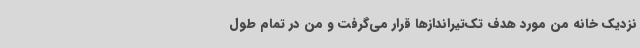
نزدیک خانه من مورد هدف تک‌تیراندازها قرار می‌گرفت و من در تمام طول